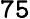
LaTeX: \mathtt{75}